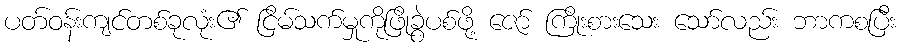
ပတ်ဝန်းကျင်တစ်ခုလုံး၏ ငြိမ်သက်မှုကိုဖြိုခွဲပစ်ဖို့ ဇော် ကြိုးစားသေး သော်လည်း ဘာကစပြီး